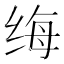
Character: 𫄩